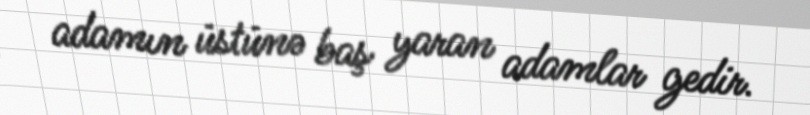
adamın üstünə baş yaran adamlar gedir.